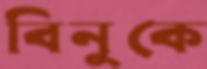
বিনুকে